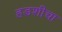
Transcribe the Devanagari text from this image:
हडशीचा